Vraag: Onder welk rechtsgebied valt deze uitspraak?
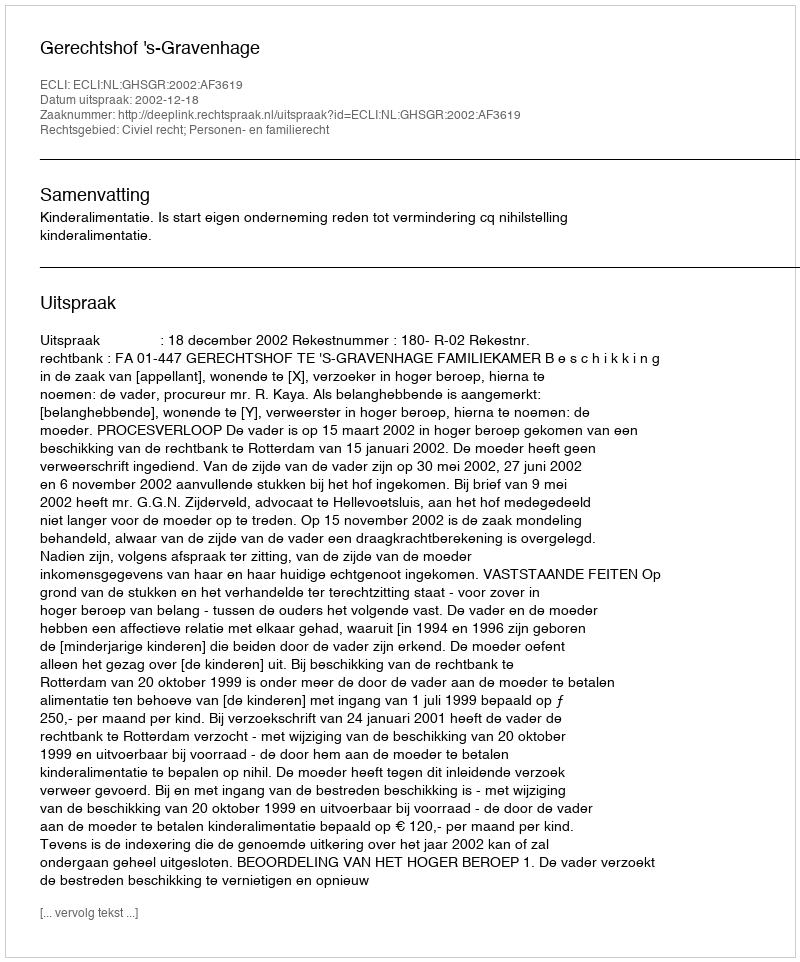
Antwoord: Civiel recht; Personen- en familierecht